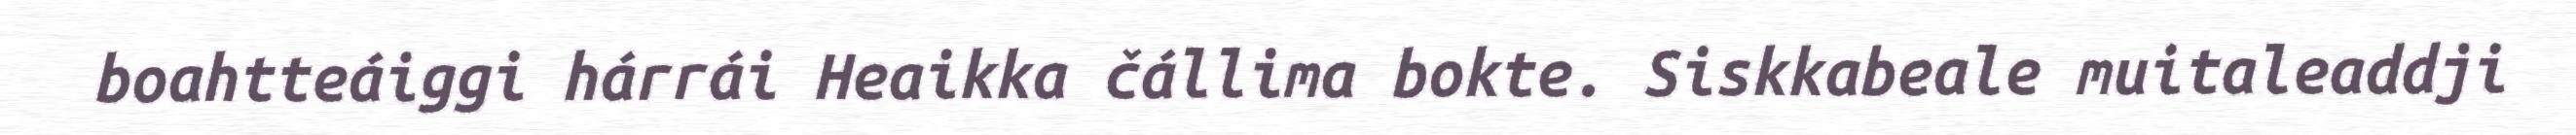
boahtteáiggi hárrái Heaikka čállima bokte. Siskkabeale muitaleaddji